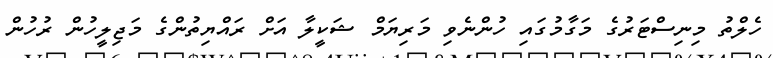
ހެލްތު މިނިސްޓަރުގެ މަގާމުގައި ހުންނެވި މަރިޔަމް ޝަކީލާ އަށް ރައްޔިތުންގެ މަޖިލީހުން ރުހުން